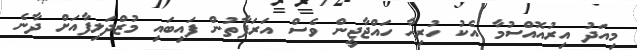
މިއަދު އިރުއޮއްސުމާ އެކު ހުރިހާ ހައްޖާޖީން ވެސް އަރަފާތުން ފައިބައި މުޒްދަލިފާއަށް ދާނެ